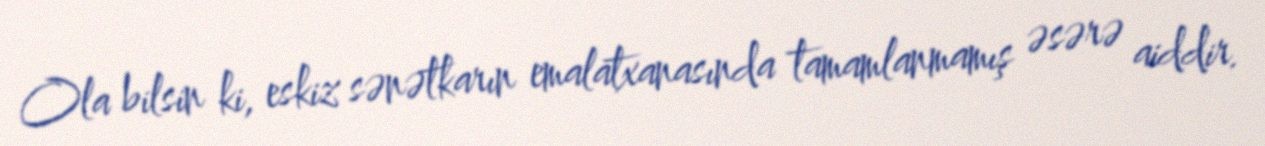
Ola bilsin ki, eskiz sənətkarın emalatxanasında tamamlanmamış əsərə aiddir.